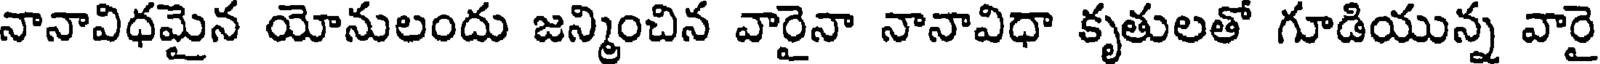
నానావిధమైన యోనులందు జన్మించిన వారైనా నానావిధా కృతులతో గూడియున్న వారై